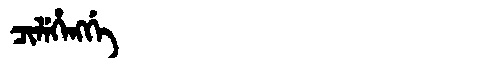
Manchu: ᠴᡳᠯᡝᡥᡝᠩᡤᡝ
Romanization: CILEHENGGE